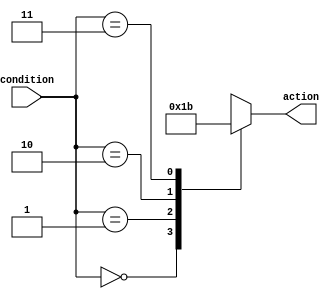
module full_case_statement (
    input wire [1:0] condition,
    output reg [1:0] action
);

always @(*) begin
    case (condition)
        2'b00: begin
            action <= 2'b00;
        end
        2'b01: begin
            action <= 2'b01;
        end
        2'b10: begin
            action <= 2'b10;
        end
        2'b11: begin
            action <= 2'b11;
        end
        default: begin
            action <= 2'b00; // Default action
        end
    endcase
end

endmodule